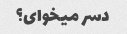
دسر میخوای؟